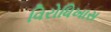
વિરોધિખાસ